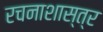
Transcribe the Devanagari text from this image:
रचनाशास्त्र